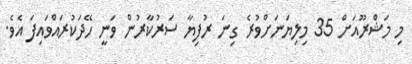
މި މަޝްރޫއަށް 35 މިލިޔަނަށްވުރެ ގިނަ ރުފިޔާ ސަރުކާރުން ވަނީ ހޭދަކުރައްވައިފަ އެވެ.